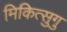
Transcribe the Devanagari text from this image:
मिकित्सुगु